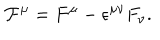
{ \cal F } ^ { \mu } = F ^ { \mu } - { \epsilon } ^ { { \mu } { \nu } } F _ { \nu } .